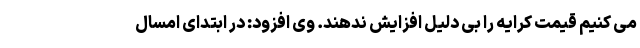
می کنیم قیمت کرایه را بی دلیل افزایش ندهند. وی افزود: در ابتدای امسال